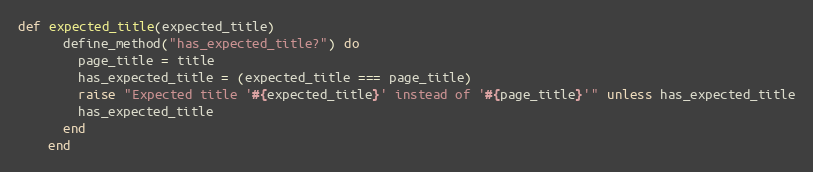
Language: Ruby
def expected_title(expected_title)
      define_method("has_expected_title?") do
        page_title = title
        has_expected_title = (expected_title === page_title)
        raise "Expected title '#{expected_title}' instead of '#{page_title}'" unless has_expected_title
        has_expected_title
      end
    end